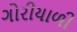
ગોરીયાળી